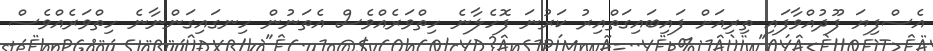
އެސްފިޔަ ފޫދުއްވާފައި ތިރިއަށް ފައިބައިގަތްއިރު ކަރުނަ ފޮހެލާނެ ހިތްވަރެއްވެސް އެތަނުން ހިނގައިގަންނާނެ ހިތްވަރެއްވެސް